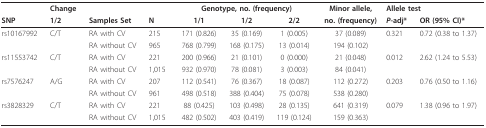
<table><thead><tr><td></td><td><b>Change</b></td><td></td><td></td><td colspan="3"><b>Genotype, no. (frequency)</b></td><td><b>Minor allele,</b></td><td colspan="2"><b>Allele test</b></td></tr><tr><td><b>SNP</b></td><td><b>1/2</b></td><td><b>Samples Set</b></td><td><b>N</b></td><td><b>1/1</b></td><td><b>1/2</b></td><td><b>2/2</b></td><td><b>no. (frequency)</b></td><td><b><i>P</i>-adj*</b></td><td><b>OR (95% CI)*</b></td></tr></thead><tbody><tr><td>rs10167992</td><td>C/T</td><td>RA with CV</td><td>215</td><td>171 (0.826)</td><td>35 (0.169)</td><td>1 (0.005)</td><td>37 (0.089)</td><td>0.321</td><td>0.72 (0.38 to 1.37)</td></tr><tr><td></td><td></td><td>RA without CV</td><td>965</td><td>768 (0.799)</td><td>168 (0.175)</td><td>13 (0.014)</td><td>194 (0.102)</td><td></td><td></td></tr><tr><td>rs11553742</td><td>C/T</td><td>RA with CV</td><td>221</td><td>200 (0.966)</td><td>21 (0.101)</td><td>0 (0.000)</td><td>21 (0.048)</td><td>0.012</td><td>2.62 (1.24 to 5.53)</td></tr><tr><td></td><td></td><td>RA without CV</td><td>1,015</td><td>932 (0.970)</td><td>78 (0.081)</td><td>3 (0.003)</td><td>84 (0.041)</td><td></td><td></td></tr><tr><td>rs7576247</td><td>A/G</td><td>RA with CV</td><td>207</td><td>112 (0.541)</td><td>76 (0.367)</td><td>18 (0.087)</td><td>112 (0.272)</td><td>0.203</td><td>0.76 (0.50 to 1.16)</td></tr><tr><td></td><td></td><td>RA without CV</td><td>961</td><td>498 (0.518)</td><td>388 (0.404)</td><td>75 (0.078)</td><td>538 (0.280)</td><td></td><td></td></tr><tr><td>rs3828329</td><td>C/T</td><td>RA with CV</td><td>221</td><td>88 (0.425)</td><td>103 (0.498)</td><td>28 (0.135)</td><td>641 (0.319)</td><td>0.079</td><td>1.38 (0.96 to 1.97)</td></tr><tr><td></td><td></td><td>RA without CV</td><td>1,015</td><td>482 (0.502)</td><td>403 (0.419)</td><td>119 (0.124)</td><td>159 (0.363)</td><td></td><td></td></tr></tbody></table>